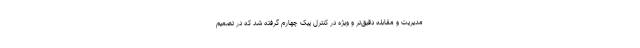
مدیریت و مقابله دقیق‌تر و ویژه در کنترل پیک چهارم گرفته شد که در تصمیم